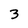
Character: 3